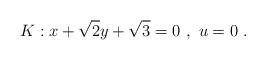
LaTeX: \begin{align*} K: x +\sqrt{2}y +\sqrt{3} = 0\ , \ u=0\ .\end{align*}